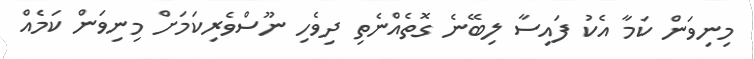
މިނިވަން ކަމާ އެކު ފައިސާ ލިބޭނެ ގޮތެއްނެތި ދިވެހި ނޫސްވެރިކަމަށް މިނިވަން ކަމެއް